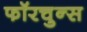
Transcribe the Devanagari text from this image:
फॉरचुन्स